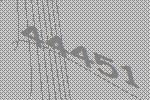
44451